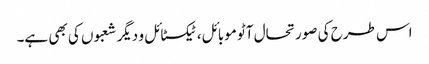
اس طرح کی صورتحال آٹو موبائل، ٹیکسٹائل و دیگر شعبوں کی بھی ہے۔